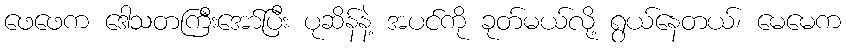
ဖေဖေက ဒေါသတကြီးအော်ပြီး ပုဆိန်နဲ့ အပင်ကို ခုတ်မယ်လို့ ရွယ်နေတယ်၊ မေမေက